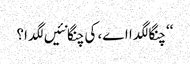
‘‘ چنگا لگدا اے، کی چنگا نئیں لگدا؟